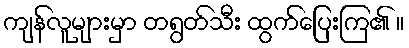
ကျန်လူများမှာ တရွတ်သီး ထွက်ပြေးကြ၏ ။